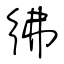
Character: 彿